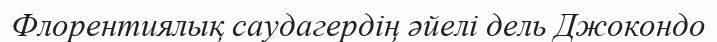
Флорентиялық саудагердің әйелі дель Джокондо